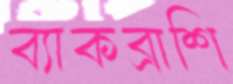
ব্যাকব্রাশি